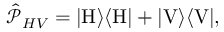
\begin{array} { r } { \hat { \mathcal { P } } _ { H V } = | \mathrm { H } \rangle \langle \mathrm { H } | + | \mathrm { V } \rangle \langle \mathrm { V } | , } \end{array}